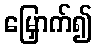
မြှောက်၍